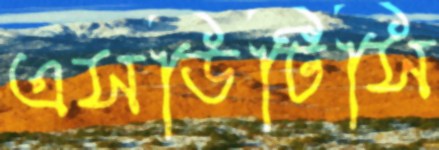
এসডিটিসি